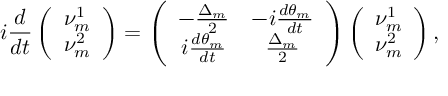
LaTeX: i { \frac { d } { d t } } \left( \begin{array} { c } { { \nu _ { m } ^ { 1 } } } \\ { { \nu _ { m } ^ { 2 } } } \end{array} \right) = \left( \begin{array} { c c } { { - { \frac { \Delta _ { m } } { 2 } } } } & { { - i { \frac { d \theta _ { m } } { d t } } } } \\ { { i { \frac { d \theta _ { m } } { d t } } } } & { { { \frac { \Delta _ { m } } { 2 } } } } \end{array} \right) \left( \begin{array} { c } { { \nu _ { m } ^ { 1 } } } \\ { { \nu _ { m } ^ { 2 } } } \end{array} \right) ,